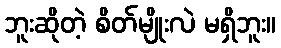
ဘူးဆိုတဲ့ စိတ်မျိုးလဲ မရှိဘူး။